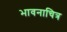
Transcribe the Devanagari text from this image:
भावनाचित्र